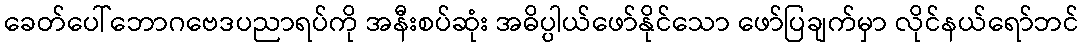
ခေတ်ပေါ်ဘောဂဗေဒပညာရပ်ကို အနီးစပ်ဆုံး အဓိပ္ပါယ်ဖော်နိုင်သော ဖော်ပြချက်မှာ လိုင်နယ်ရော်ဘင်